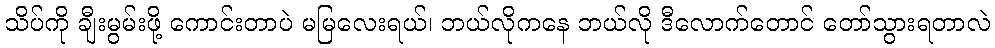
သိပ်ကို ချီးမွမ်းဖို့ ကောင်းတာပဲ မမြလေးရယ်၊ ဘယ်လိုကနေ ဘယ်လို ဒီလောက်တောင် တော်သွားရတာလဲ